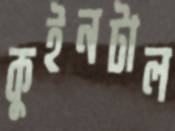
কুইনটাল